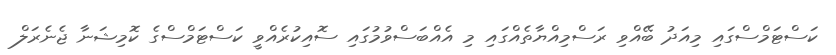
ކަސްޓަމްސްގައި މިއަދު ބޭއްވި ރަސްމިއްޔާތެއްގައި މި އެއްބަސްވުމުގައި ސޮއިކުރެއްވީ ކަސްޓަމްސްގެ ކޮމިޝަނާ ޖެނެރަލް